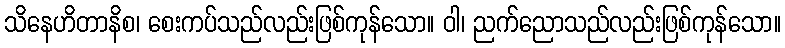
သိနေဟိတာနိစ၊ စေးကပ်သည်လည်းဖြစ်ကုန်သော။ ဝါ၊ ညက်ညောသည်လည်းဖြစ်ကုန်သော။